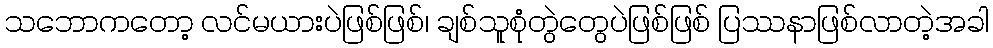
သဘောကတော့ လင်မယားပဲဖြစ်ဖြစ်၊ ချစ်သူစုံတွဲတွေပဲဖြစ်ဖြစ် ပြဿနာဖြစ်လာတဲ့အခါ